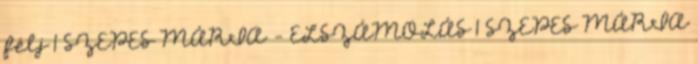
félj 1 SZEPES MÁRIA - ELSZÁMOLÁS 1 SZEPES MÁRIA